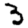
Digit: 3